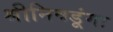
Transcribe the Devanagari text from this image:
श्रीनिवडूंगा